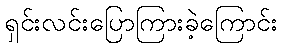
ရှင်းလင်းပြောကြားခဲ့ကြောင်း